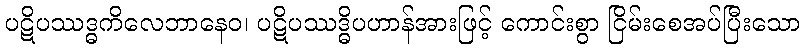
ပဋိပဿဒ္ဓကိလေဘာနေဝ၊ ပဋိပဿဒ္ဓိပဟာန်အားဖြင့် ကောင်းစွာ ငြိမ်းစေအပ်ပြီးသော